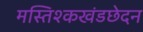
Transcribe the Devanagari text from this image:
मस्तिश्कखंडछेदन